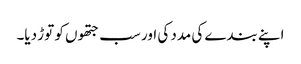
اپنے بندے کی مدد کی اور سب جتھوں کو توڑ دیا۔